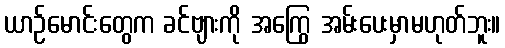
ယာဉ်မောင်းတွေက ခင်ဗျားကို အကြွေ အမ်းပေးမှာမဟုတ်ဘူး။